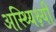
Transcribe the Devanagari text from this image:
अस्थ्यिक्ष्यी